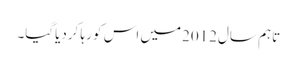
تاہم سال2012میں اس کو رہا کردیاگیا۔